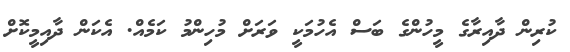
ކުރިން ދާއިރާގެ މީހުންގެ ބަސް އެހުމަކީ ވަރަށް މުހިންމު ކަމެއް. އެކަން ދާއިމީކޮށް